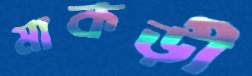
মাকড়ী